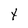
Character: t